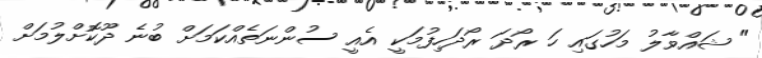
" ޝައްވާލު މަހުގައި ހަ ރޯދަ ރޯދަހިފުމަކީ އެއީ ސުންނަތެއްކަމަށް ބުނެ ދޫކޮށްލުމަށް